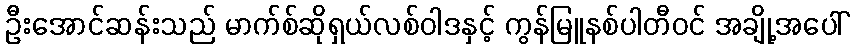
ဦးအောင်ဆန်းသည် မာက်စ်ဆိုရှယ်လစ်ဝါဒနှင့် ကွန်မြူနစ်ပါတီဝင် အချို့အပေါ်